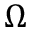
\Omega